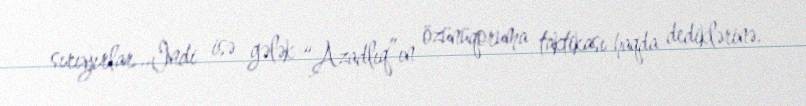
sırıyırlar...İndi isə gələk “Azadlıq”ın özünüqoruma taktikası haqda dediklərinə.